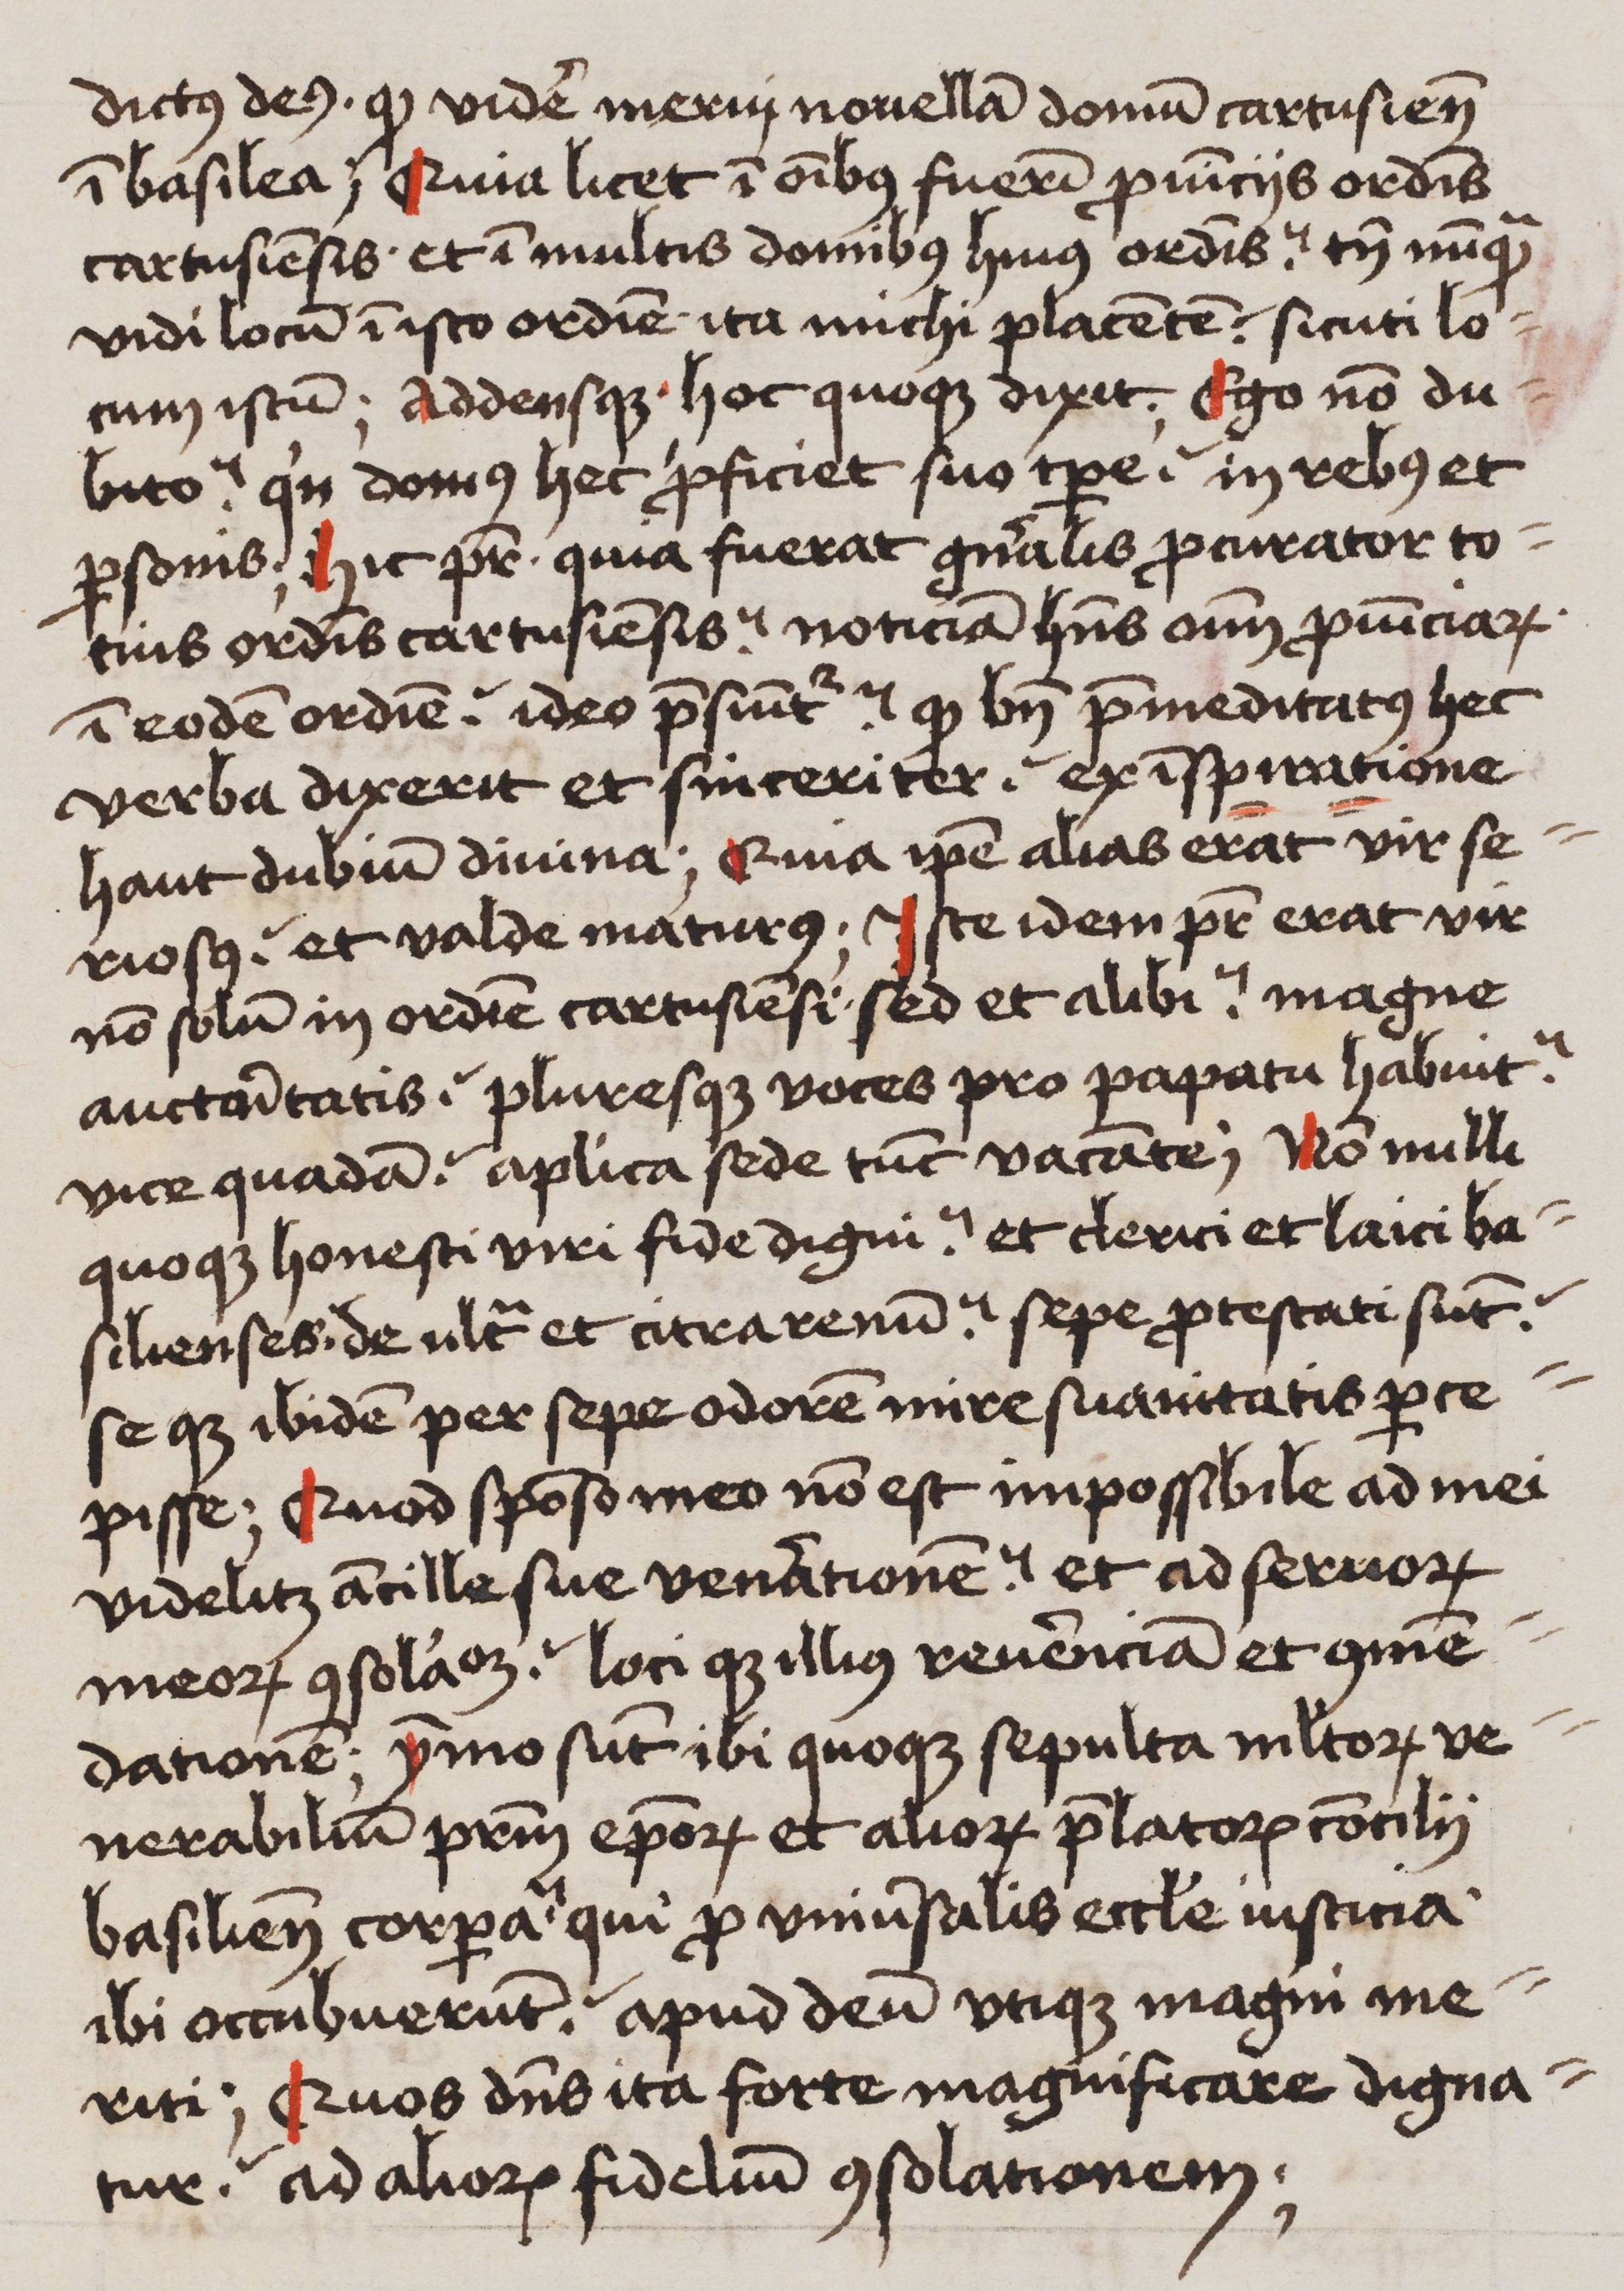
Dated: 1480–1526